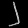
Digit: ၂